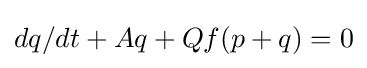
dq/dt+Aq+Qf(p+q)=0